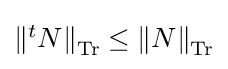
{\textstyle \left\|{}^{t}N\right\|_{\operatorname {Tr} }\leq \left\|N\right\|_{\operatorname {Tr} }}